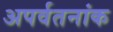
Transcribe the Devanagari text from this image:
अपर्वतनांक